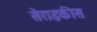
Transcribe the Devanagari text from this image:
सेराइकीस